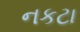
નકટા